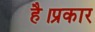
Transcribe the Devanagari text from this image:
है।प्रकार